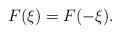
LaTeX: \begin{align*}F(\xi)=F(-\xi).\end{align*}